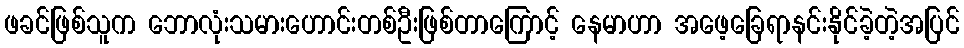
ဖခင်ဖြစ်သူက ဘောလုံးသမားဟောင်းတစ်ဦးဖြစ်တာကြောင့် နေမာဟာ အဖေ့ခြေရာနင်းနိုင်ခဲ့တဲ့အပြင်